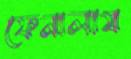
ফেনালাম